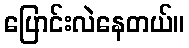
ပြောင်းလဲနေတယ်။